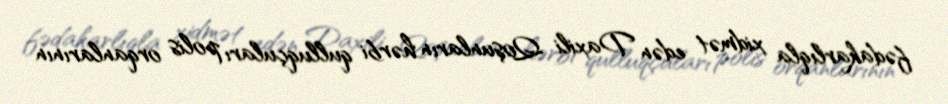
fədakarlıqla xidmət edən Daxili Qoşunların hərbi qulluqçuları polis orqanlarının